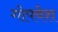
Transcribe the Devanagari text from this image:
गोपवेश